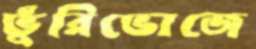
ভুঁরিভোজে